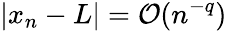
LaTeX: |x_{n}-L|={\mathcal{O}}(n^{-q})